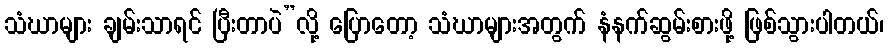
သံဃာများ ချမ်းသာရင် ပြီးတာပဲ”လို့ ပြောတော့ သံဃာများအတွက် နံနက်ဆွမ်းစားဖို့ ဖြစ်သွားပါတယ်၊